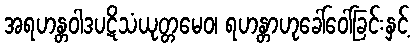
အရဟန္တဝါဒပဋိသံယုတ္တမေဝ၊ ရဟန္တာဟုခေါ်ဝေါ်ခြင်းနှင့်